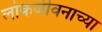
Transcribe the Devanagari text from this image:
लोकजीवनाच्या